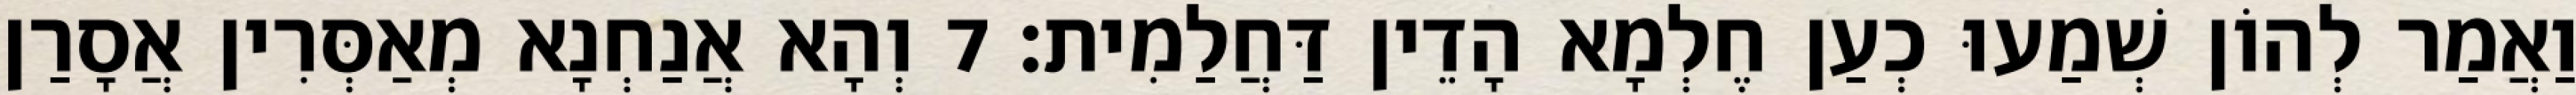
וַאֲמַר לְהוֹן שְׁמַעוּ כְעַן חֶלְמָא הָדֵין דַּחֲלַמִית׃ 7 וְהָא אֲנַחְנָא מְאַסְּרִין אֲסָרַן